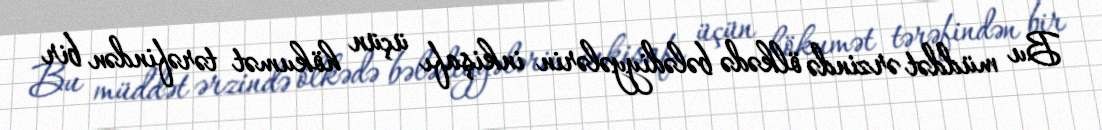
Bu müddət ərzində ölkədə bələdiyyələrin inkişafı üçün hökumət tərəfindən bir